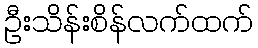
ဦးသိန်းစိန်လက်ထက်